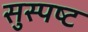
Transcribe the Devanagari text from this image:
सुस्‍पष्‍ट